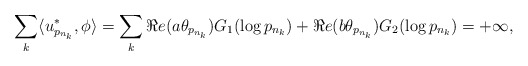
\begin{align*}\sum_{k}\langle u^*_{p_{n_k}},\phi\rangle =\sum_{k}\Re e(a\theta_{p_{n_k}})G_1(\log p_{n_k})+\Re e(b\theta_{p_{n_k}})G_2(\log p_{n_k}) = +\infty,\end{align*}